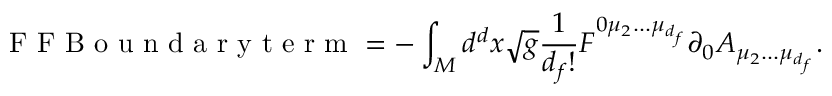
\textnormal { F F B o u n d a r y t e r m } = - \int _ { \cal M } d ^ { d } x \sqrt g \frac { 1 } { d _ { f } ! } F ^ { 0 \mu _ { 2 } . . . \mu _ { d _ { f } } } \partial _ { 0 } A _ { \mu _ { 2 } . . . \mu _ { d _ { f } } } .